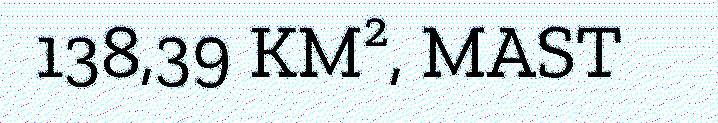
138,39 KM², MAST